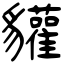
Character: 貛